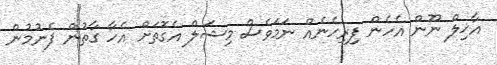
އާޚިލް ނޫން އެހެން ފިރިހެނެއް ނަމަވެސް މިޝަލް އެގޮތަށް އެހާ ގާތުން ފެނުމުން